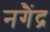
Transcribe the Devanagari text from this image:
नगैंद्र